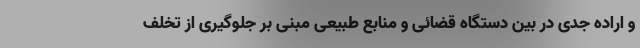
و اراده جدی در بین دستگاه قضائی و منابع طبیعی مبنی بر جلوگیری از تخلف